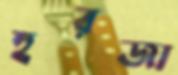
হরজা